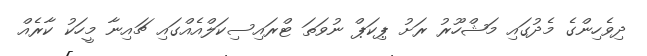
ދިވެހިންގެ މެދުގައި މަޝްހޫރު ރަށު ޕިކަޕް ނުވަތަ ޓްރައިސިކަލްއެއްގައި ޗައިނާ މީހަކު ކާރެއް